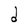
Character: C